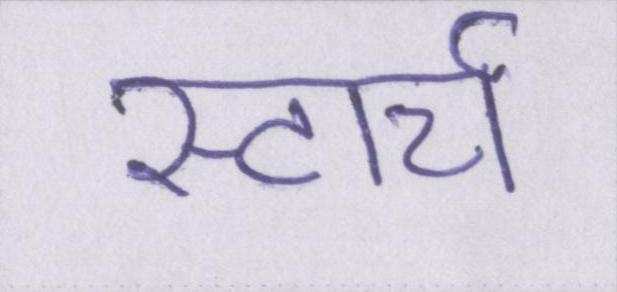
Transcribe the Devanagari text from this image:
स्टार्च